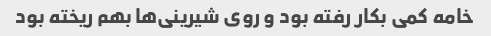
خامه کمی بکار رفته بود و روی شیرینی‌ها بهم ریخته بود